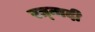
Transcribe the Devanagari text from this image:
रत्‍नादी